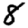
Digit: 8